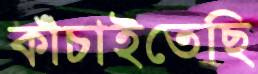
কাঁচাইতেছি